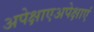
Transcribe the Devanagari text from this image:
अपेक्षाएअपेक्षाएं